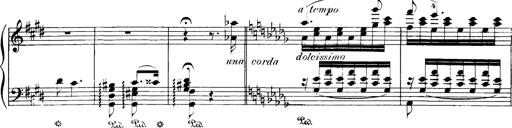
Title: Hungarian Rhapsody No.1
Composer: Franz Liszt
Key: C-sharp minor